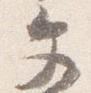
文